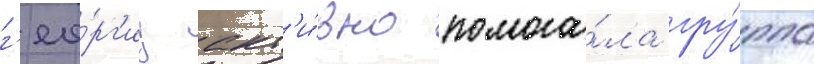
г'ео́рг'иу акт'и́вно помога́ла гру́ппа